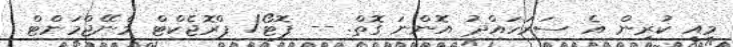
މިއީ ކުރިން އެ ސަރަހައްދު އޮންނަ ގޮތް. -- ފޮޓޯ/ ޕްރޮޖެކްޓް މެނޭޖްމަންޓް